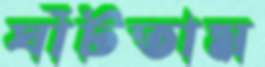
ঘাঁটতাম